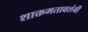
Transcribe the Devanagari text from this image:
शाक्तमतावलंबी